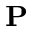
{ \bf P }